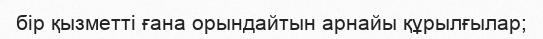
бір қызметті ғана орындайтын арнайы құрылғылар;